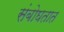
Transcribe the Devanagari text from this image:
संबोघतात